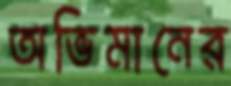
অভিমানের